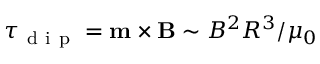
\boldsymbol { \tau } _ { \mathrm { ~ d ~ i ~ p ~ } } = \mathbf { m } \times \mathbf { B } \sim B ^ { 2 } R ^ { 3 } / \mu _ { 0 }